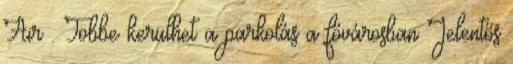
Air . Többe kerülhet a parkolás a fővárosban Jelentős